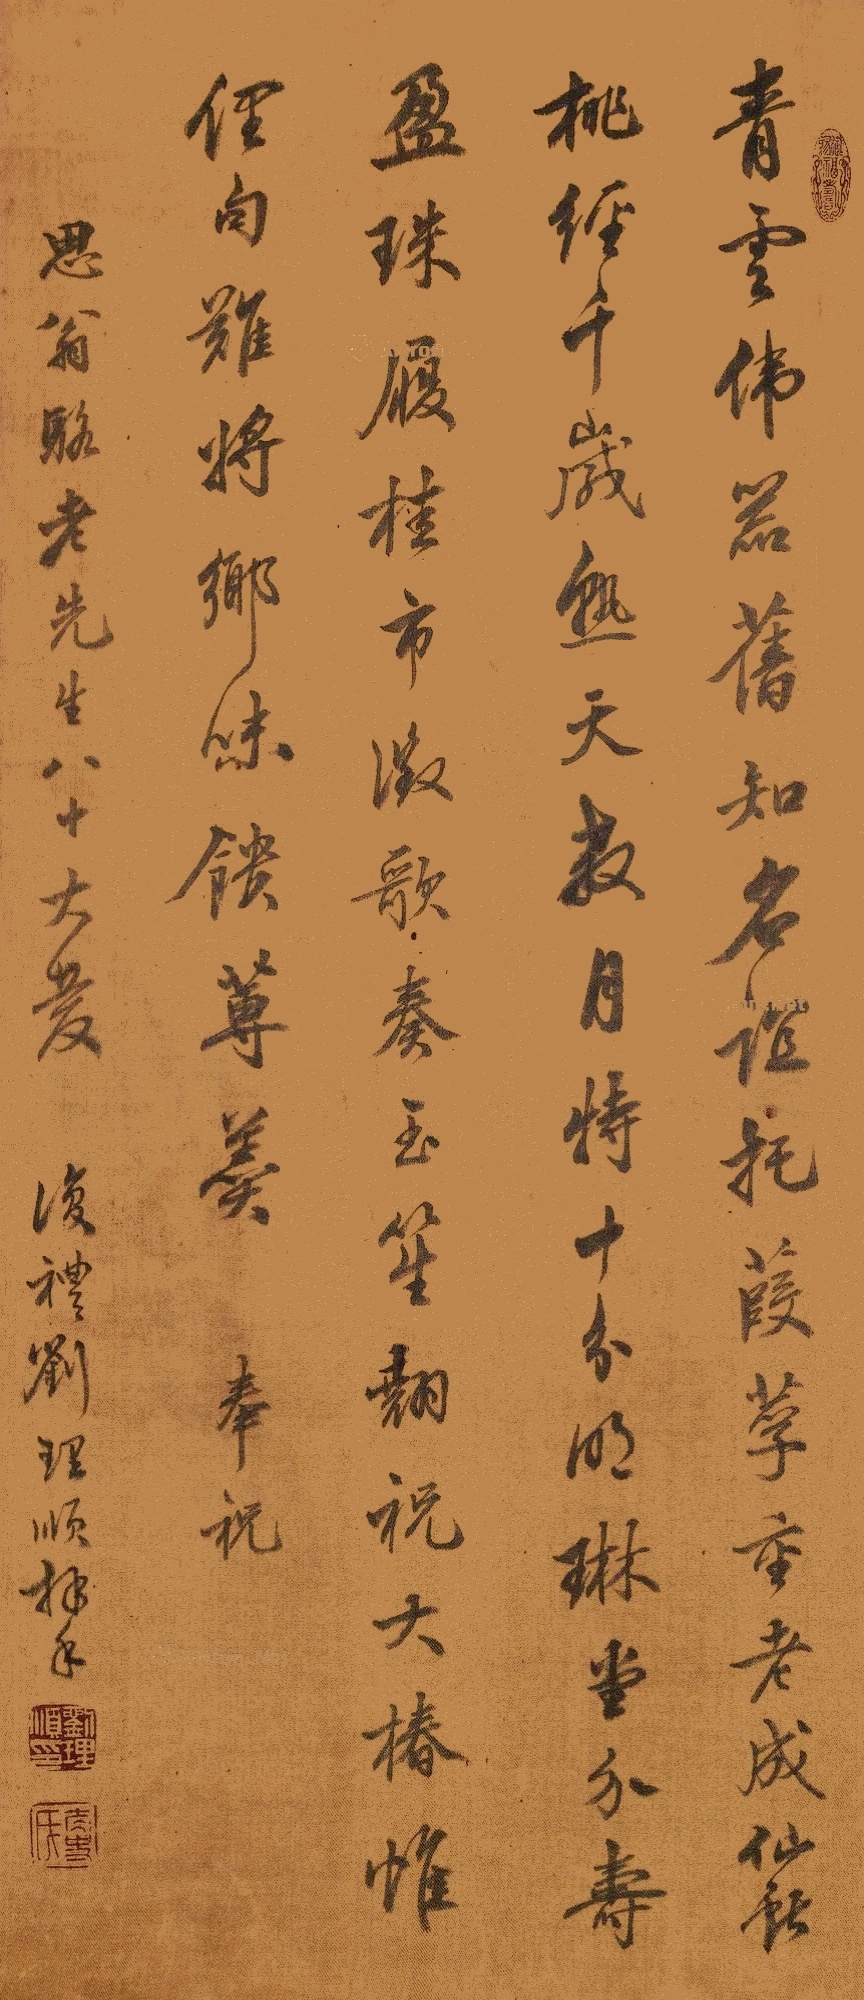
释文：青云伟器旧知名，谊托葭莩重老成。仙献桃经千岁熟，天教月恃十分明。琳堂介寿盈珠履，桂市澂歌奏玉笙。翘祝大椿惟俚句，难将乡味馈蒪羹。奉祝思翁骆老先生大庆，复礼刘理顺拜手。